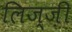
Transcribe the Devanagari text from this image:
लिज्ज़ी